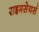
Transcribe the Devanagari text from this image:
राइमसेयर्स